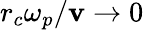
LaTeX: r_{c}\omega_{p}/\mathbf{v}\rightarrow0